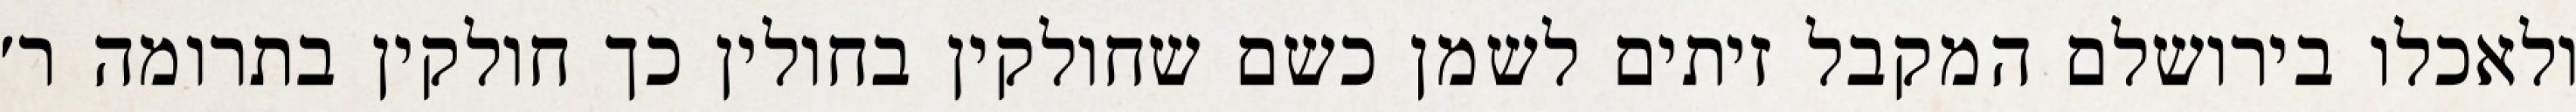
ולאכלו בירושלם המקבל זיתים לשמן כשם שחולקין בחולין כך חולקין בתרומה ר׳